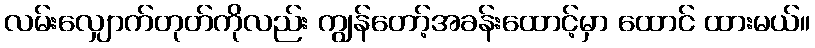
လမ်းလျှောက်တုတ်ကိုလည်း ကျွန်တော့်အခန်းထောင့်မှာ ထောင် ထားမယ်။